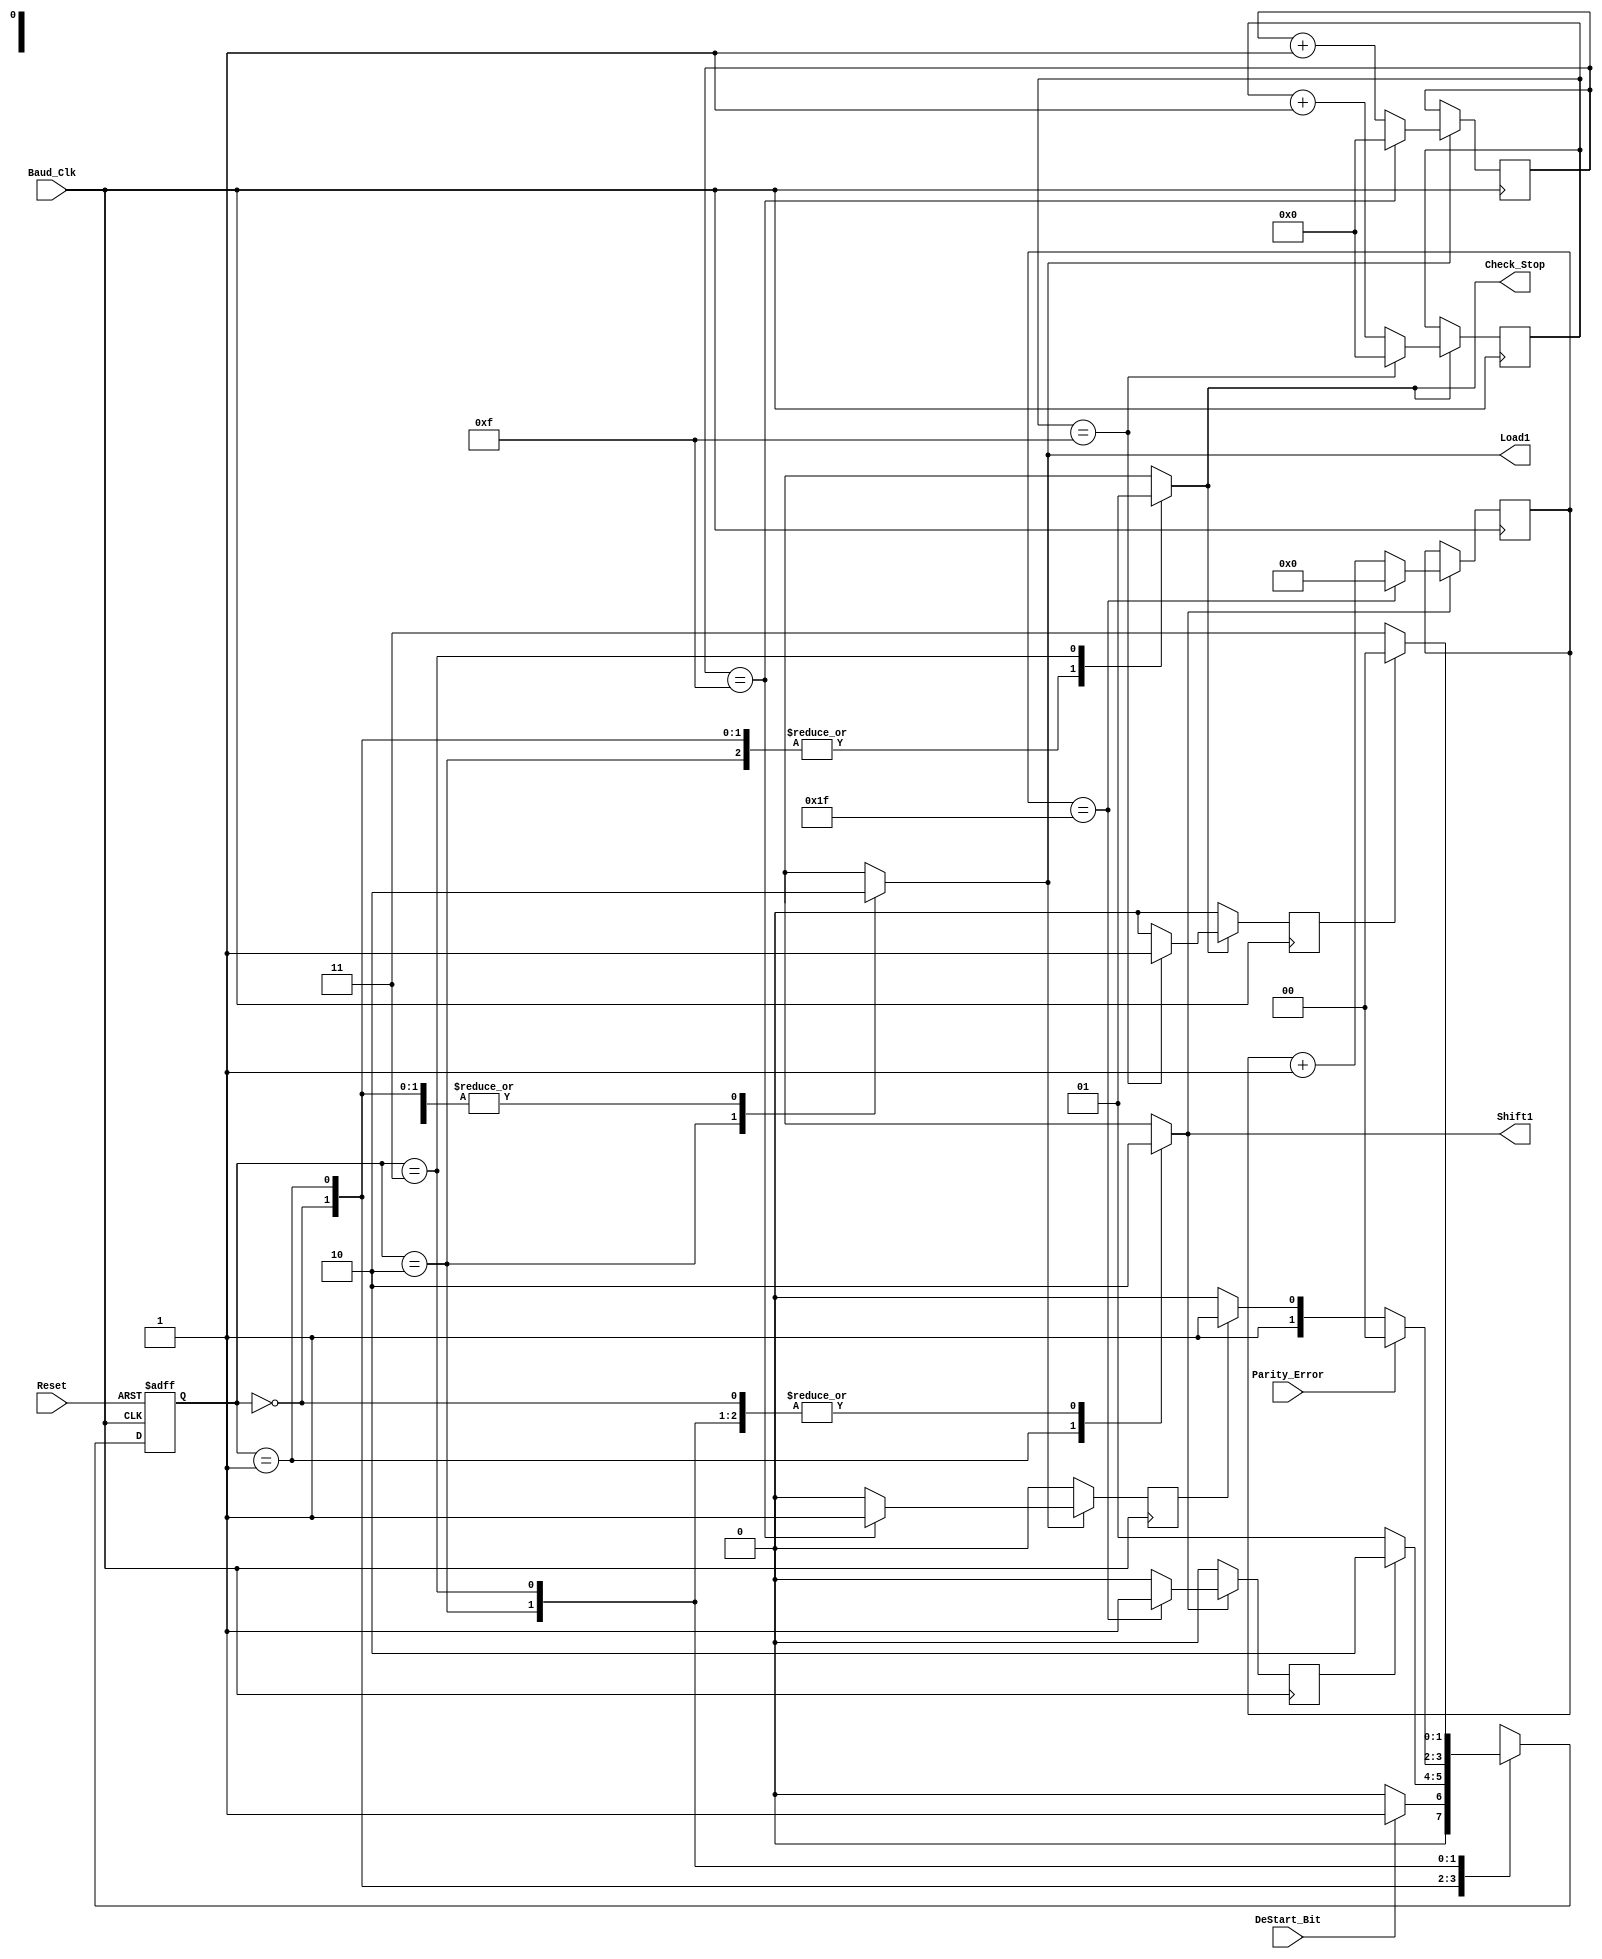
`timescale 1ns / 1ps
//////////////////////////////////////////////////////////////////////////////////
// Company: 
// Engineer: 
// 
// Design Name: 
// Module Name:    Receiver_FSM 
// Project Name: 
// Target Devices: 
// Tool versions: 
// Description: 
//
// Dependencies: 
//
// Revision: 
// Revision 0.01 - File Created
// Additional Comments: 
//
//////////////////////////////////////////////////////////////////////////////////
module Receiver_FSM(Load1, Shift1, Check_Stop, DeStart_Bit, Parity_Error, Baud_Clk, Reset);

output reg Load1, Shift1, Check_Stop;
input DeStart_Bit, Parity_Error, Baud_Clk, Reset;
reg var1, var2, var3;
reg f1, f2, f3;
reg [4:0]x1 = 1;
reg [3:0]x2 = 1;
reg [3:0]x3 = 1;
reg [1:0]Present_state = 2'b00, Next_state = 2'b00;
parameter IDLE = 2'b00, DATA_BIT = 2'b01, PARITY_BIT = 2'b10, STOP_BIT = 2'b11;

always@(*)
begin
	case(Present_state)
	IDLE:
	begin
		Next_state = DeStart_Bit? DATA_BIT : IDLE;
		Load1 = 0; Shift1 = 0; Check_Stop = 0;
		var1 = 0; var2 = 0; var3 = 0;
	end
	DATA_BIT:
	begin
		Next_state = f1? PARITY_BIT : DATA_BIT;
		Load1 = 0; Shift1 = 1; Check_Stop = 0;
		var1 = 1; var2 = 0; var3 = 0;
	end
	PARITY_BIT:
	begin
		Next_state = Parity_Error? IDLE : (f2? STOP_BIT : PARITY_BIT);
		Load1 = 1; Shift1 = 0; Check_Stop = 0;
		var1 = 0; var2 = 1; var3 = 0;
	end
	STOP_BIT:
	begin
		Next_state = f3? IDLE : STOP_BIT;
		Load1 = 0; Shift1 = 0; Check_Stop = 1;
		var1 = 0; var2 = 0; var3 = 1;
	end
	default:
	begin
		Next_state = IDLE;
		Load1 = 0; Shift1 = 0; Check_Stop = 0;
		var1 = 0; var2 = 0; var3 = 0;
	end
	endcase
end

always@(posedge Baud_Clk, negedge Reset)
begin
	if(Reset == 0) Present_state <= IDLE;
	else Present_state <= Next_state;
end

always@(posedge Baud_Clk)
begin
	if(var1)
	begin
		if(x1 == 5'd31)
		begin
			f1 = 1; x1 = 0;
		end
		else
		begin
			f1 = 0; x1 = x1 + 1;
		end
	end
	else
	begin
		f1 = 0;
	end
end

always@(posedge Baud_Clk)
begin
	if(var2)
	begin
		if(x2 == 4'd15)
		begin
			f2 = 1; x2 = 0;
		end
		else
		begin
			f2 = 0; x2 = x2 + 1;
		end
	end
	else
	begin
		f2 = 0;
	end
end

always@(posedge Baud_Clk)
begin
	if(var3)
	begin
		if(x3 == 4'd15)
		begin
			f3 = 1; x3 = 0;
		end
		else
		begin
			f3 = 0; x3 = x3 + 1;
		end
	end
	else
	begin
		f3 = 0;
	end
end
endmodule